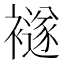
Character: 襚